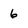
Character: 6